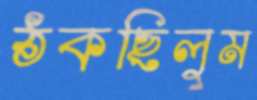
ঠকছিলুম